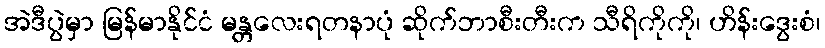
အဲဒီပွဲမှာ မြန်မာနိုင်ငံ မန္တလေးရတနာပုံ ဆိုက်ဘာစီးတီးက သီရိကိုကို၊ ဟိန်းဒွေးစံ၊